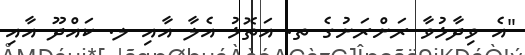
"އެ ވިދާޅުވާ ރަށްރަށުގެ ތ. އަތޮޅު އެލާ އާއި ލ. ކައްދޫ އާއި